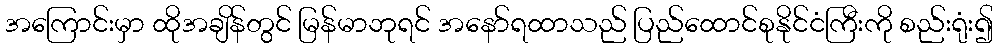
အကြောင်းမှာ ထိုအချိန်တွင် မြန်မာဘုရင် အနော်ရထာသည် ပြည်ထောင်စုနိုင်ငံကြီးကို စည်းရုံး၍